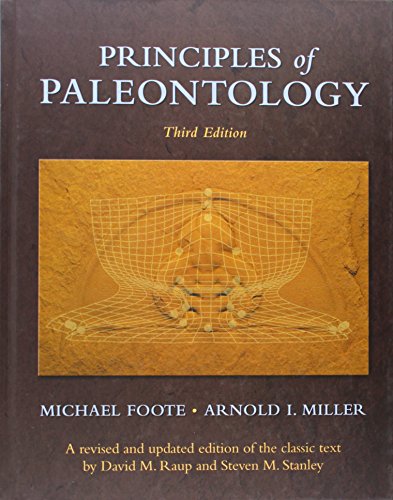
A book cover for Principles of Paleontology; Michael Foote; Science & Math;